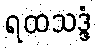
ရထသဒ္ဒံ